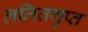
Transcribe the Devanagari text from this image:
ललितगुप्त